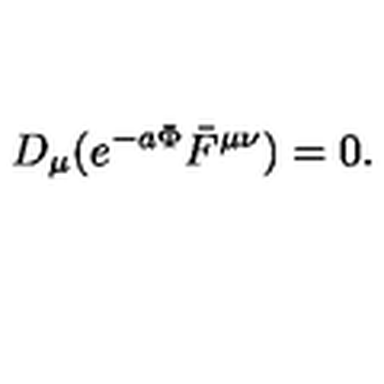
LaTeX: D _ { \mu } ( e ^ { - a \Phi } \bar { F } ^ { \mu \nu } ) = 0 .